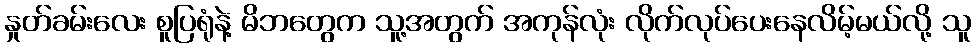
နှုတ်ခမ်းလေး စူပြရုံနဲ့ မိဘတွေက သူ့အတွက် အကုန်လုံး လိုက်လုပ်ပေးနေလိမ့်မယ်လို့ သူ